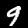
Digit: 9